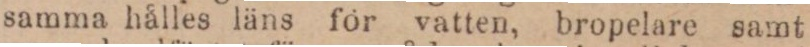
samma hålles läns för vatten, bropelare samt